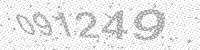
Solution: 091249